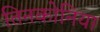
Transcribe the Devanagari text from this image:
तिनकोनिया